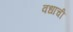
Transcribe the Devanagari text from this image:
वधाची